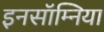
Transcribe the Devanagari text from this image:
इनसॉम्निया